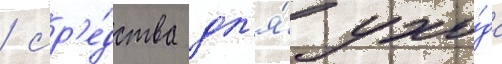
/ ср'е́дства дл'я́ ухо́да